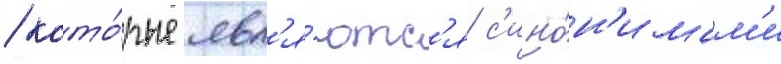
/ кото́рые явл'я́ютс'я с'ино́н'имам'и